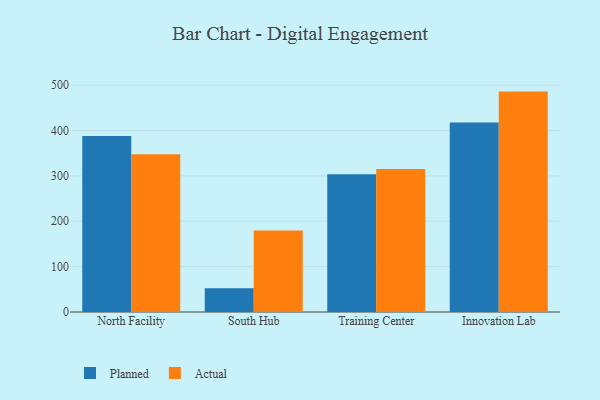
{"axis": {"x": "Campus", "y": "Humidity (%)"}, "legend": ["Actual", "Planned"], "data": [{"x": "North Facility", "y": 388.0, "type": "Planned"}, {"x": "North Facility", "y": 347.7, "type": "Actual"}, {"x": "South Hub", "y": 52.5, "type": "Planned"}, {"x": "South Hub", "y": 179.7, "type": "Actual"}, {"x": "Training Center", "y": 303.4, "type": "Planned"}, {"x": "Training Center", "y": 315.4, "type": "Actual"}, {"x": "Innovation Lab", "y": 417.9, "type": "Planned"}, {"x": "Innovation Lab", "y": 485.8, "type": "Actual"}]}